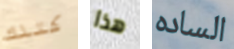
كتلك هذا الساده